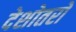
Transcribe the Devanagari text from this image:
देशोतरों